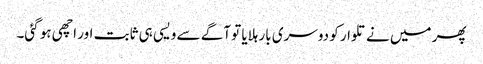
پھر میں نے تلوار کو دوسری بار ہلایا تو آگے سے ویسی ہی ثابت اور اچھی ہو گئی۔